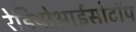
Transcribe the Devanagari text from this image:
रेडियोआईसोटॉप